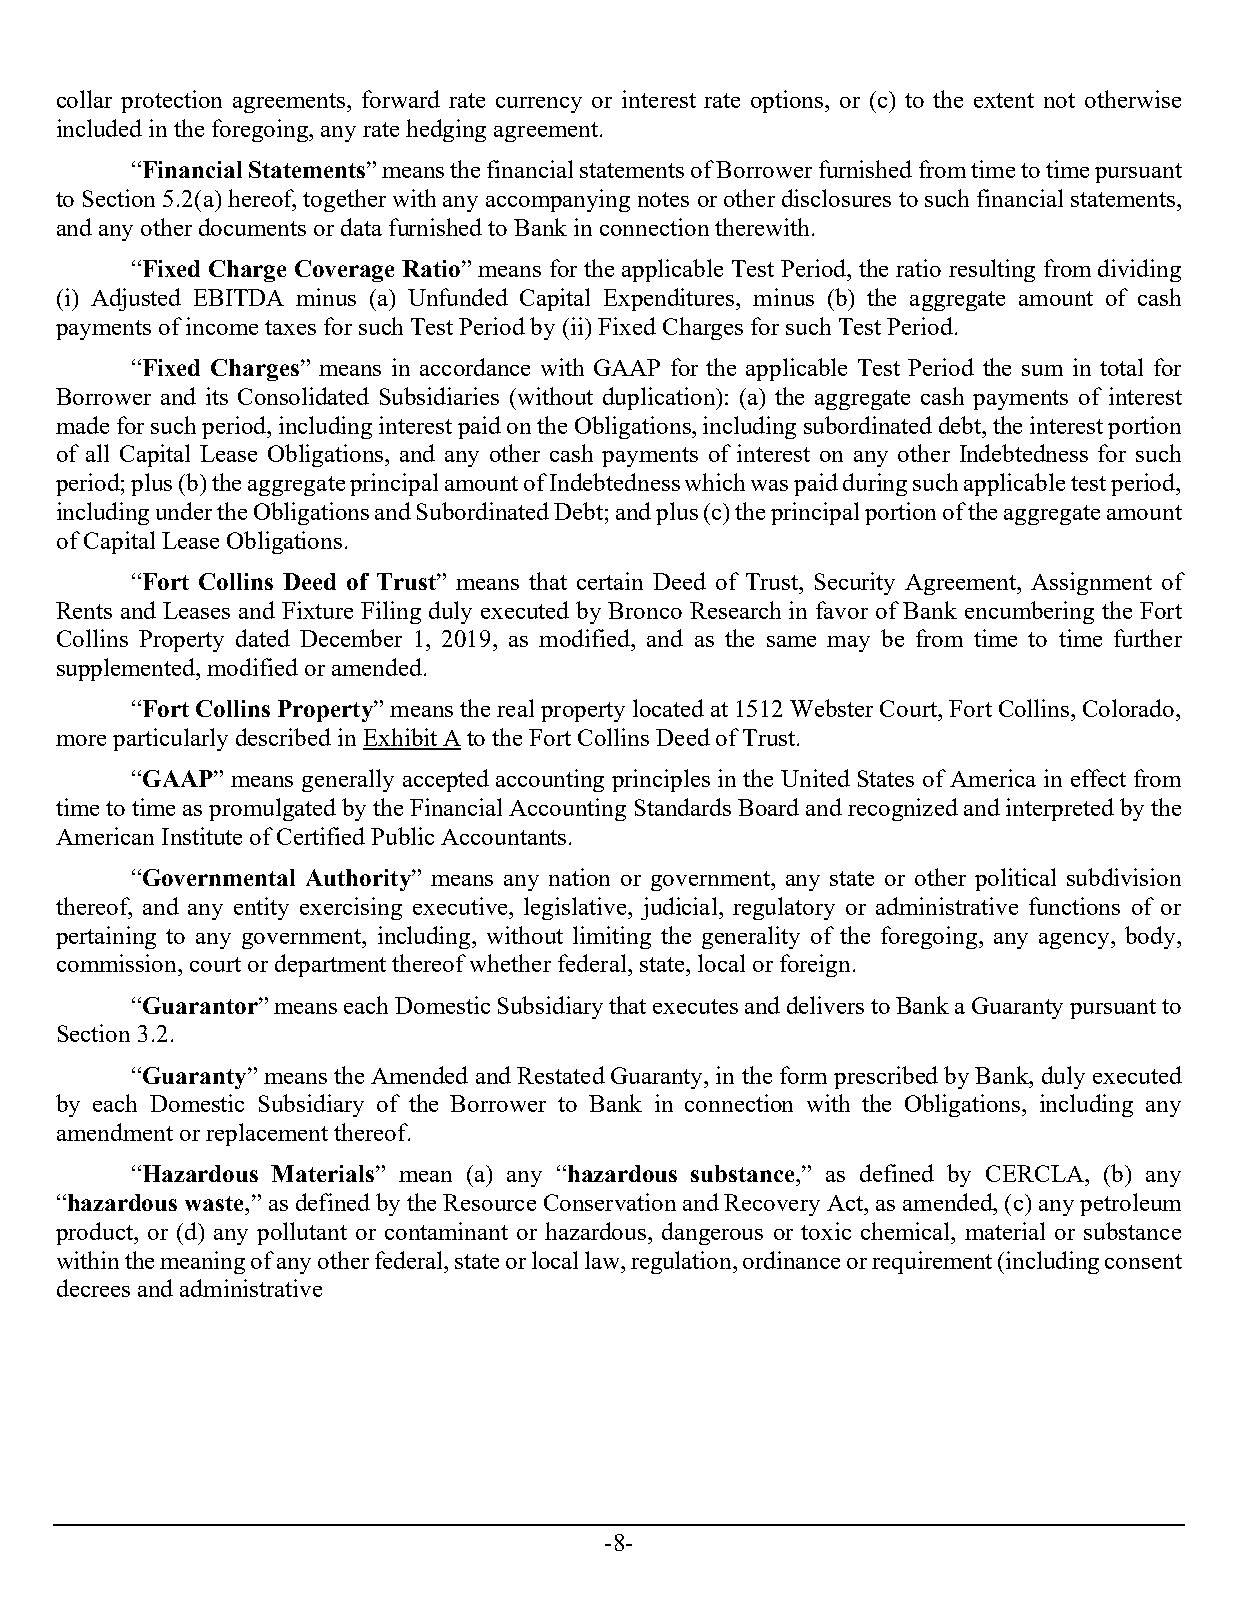
collar protection agreements, forward rate currency or interest rate options, or (c) to the extent not otherwise
 included in the foregoing, any rate hedging agreement.
 “Financial Statements” means the financial statements of Borrower furnished from time to time pursuant
 to Section 5.2(a) hereof, together with any accompanying notes or other disclosures to such financial statements,
 and any other documents or data furnished to Bank in connection therewith.
 “Fixed Charge Coverage Ratio” means for the applicable Test Period, the ratio resulting from dividing
 (i) Adjusted EBITDA minus (a) Unfunded Capital Expenditures, minus (b) the aggregate amount of cash
 payments of income taxes for such Test Period by (ii) Fixed Charges for such Test Period.
 “Fixed Charges” means in accordance with GAAP for the applicable Test Period the sum in total for
 Borrower and its Consolidated Subsidiaries (without duplication): (a) the aggregate cash payments of interest
 made for such period, including interest paid on the Obligations, including subordinated debt, the interest portion
 of all Capital Lease Obligations, and any other cash payments of interest on any other Indebtedness for such
 period; plus (b) the aggregate principal amount of Indebtedness which was paid during such applicable test period,
 including under the Obligations and Subordinated Debt; and plus (c) the principal portion of the aggregate amount
 of Capital Lease Obligations.
 “Fort Collins Deed of Trust” means that certain Deed of Trust, Security Agreement, Assignment of
 Rents and Leases and Fixture Filing duly executed by Bronco Research in favor of Bank encumbering the Fort
 Collins Property dated December 1, 2019, as modified, and as the same may be from time to time further
 supplemented, modified or amended.
 “Fort Collins Property” means the real property located at 1512 Webster Court, Fort Collins, Colorado,
 more particularly described in Exhibit A to the Fort Collins Deed of Trust.
 “GAAP” means generally accepted accounting principles in the United States of America in effect from
 time to time as promulgated by the Financial Accounting Standards Board and recognized and interpreted by the
 American Institute of Certified Public Accountants.
 “Governmental Authority” means any nation or government, any state or other political subdivision
 thereof, and any entity exercising executive, legislative, judicial, regulatory or administrative functions of or
 pertaining to any government, including, without limiting the generality of the foregoing, any agency, body,
 commission, court or department thereof whether federal, state, local or foreign.
 “Guarantor” means each Domestic Subsidiary that executes and delivers to Bank a Guaranty pursuant to
 Section 3.2.
 “Guaranty” means the Amended and Restated Guaranty, in the form prescribed by Bank, duly executed
 by each Domestic Subsidiary of the Borrower to Bank in connection with the Obligations, including any
 amendment or replacement thereof.
 “Hazardous Materials” mean (a) any “hazardous substance,” as defined by CERCLA, (b) any
 “hazardous waste,” as defined by the Resource Conservation and Recovery Act, as amended, (c) any petroleum
 product, or (d) any pollutant or contaminant or hazardous, dangerous or toxic chemical, material or substance
 within the meaning of any other federal, state or local law, regulation, ordinance or requirement (including consent
 decrees and administrative
 -8-